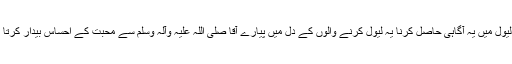
اس لیول میں یہ آگاہی حاصل کرنا یہ لیول کرنے والوں کے دل میں پیارے آقا صلی اللہ علیہ وآلہ وسلم سے محبت کے احساس بیدار کرتا ہے۔